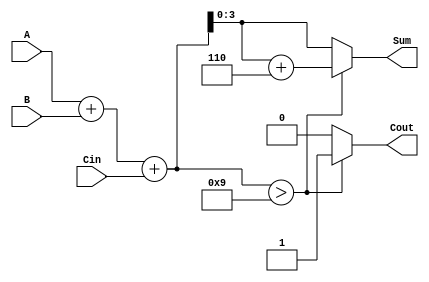
module BCD_Conditional_Adder (
    input  [3:0] A,      // BCD digit A
    input  [3:0] B,      // BCD digit B
    input        Cin,     // Carry input
    output reg [3:0] Sum, // BCD sum output
    output reg Cout       // Carry output
);

    wire [4:0] Sum_temp;  // Temporary sum (5 bits to accommodate carry)
    
    // Compute initial sum
    assign Sum_temp = A + B + Cin;

    always @(*) begin
        // BCD correction logic
        if (Sum_temp > 9) begin
            Sum = Sum_temp + 6; // Correct the sum if it's more than 9
            Cout = 1;           // Set carry out
        end else begin
            Sum = Sum_temp;     // Assign the sum directly if valid BCD
            Cout = 0;           // No carry out
        end
    end

endmodule